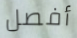
أفصل